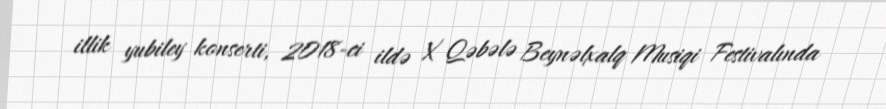
illik yubiley konserti, 2018-ci ildə X Qəbələ Beynəlxalq Musiqi Festivalında